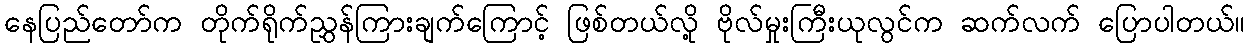
နေပြည်တော်က တိုက်ရိုက်ညွှန်ကြားချက်ကြောင့် ဖြစ်တယ်လို့ ဗိုလ်မှုးကြီးယုလွင်က ဆက်လက် ပြောပါတယ်။